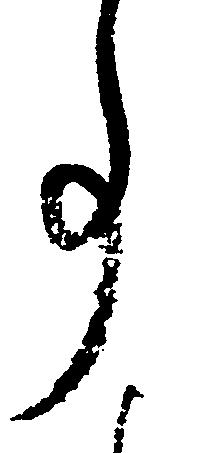
事